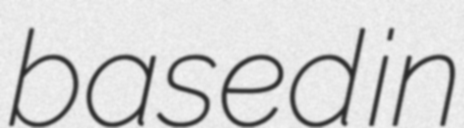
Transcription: based in